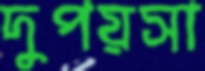
দুপয়সা